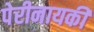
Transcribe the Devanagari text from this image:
पेरीनायकी